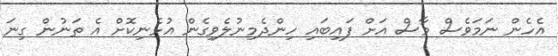
އެހެން ނަމަވެސް މާސް އަށް ފައިބައި ހިންދެމިނުލެވިގެން އުޅެނިކޮށް އެ ތަނުން ގިނަ